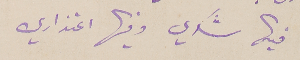
فيها شكري وفيها اعتذاري